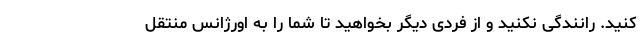
کنید. رانندگی نکنید و از فردی دیگر بخواهید تا شما را به اورژانس منتقل